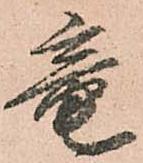
竜